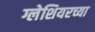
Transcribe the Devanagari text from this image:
ग्लेशियरच्या